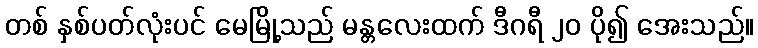
တစ် နှစ်ပတ်လုံးပင် မေမြို့သည် မန္တလေးထက် ဒီဂရီ ၂၀ ပို၍ အေးသည်။